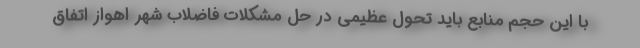
با این حجم منابع باید تحول عظیمی در حل مشکلات فاضلاب شهر اهواز اتفاق